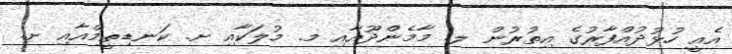
އެއީ ހުޅުދުއްފާރުގެ އިތުރުން ލ. މާމެންދޫއާއި މ. މުލަކާއި ށ. ކަނޑިތީމްއާއި ށ.